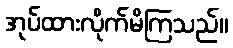
အုပ်ထားလိုက်မိကြသည်။